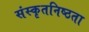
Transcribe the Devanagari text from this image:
संस्कृतनिष्ठता